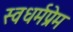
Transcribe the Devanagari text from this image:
स्वधर्मप्रेम